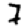
Digit: 7